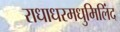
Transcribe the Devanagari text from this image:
राधाधरमधुमिलिंद